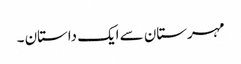
مہرستان سے ایک داستان ۔